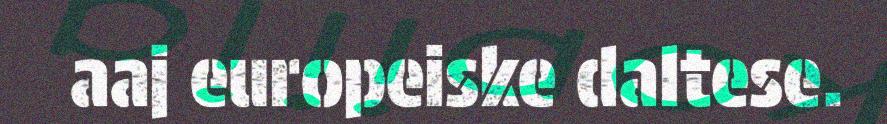
aaj europeiske daltese.